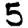
Digit: 5